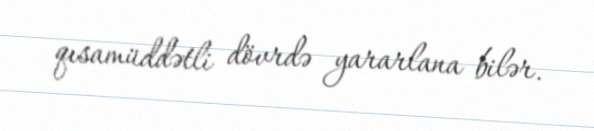
qısamüddətli dövrdə yararlana bilər.